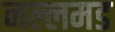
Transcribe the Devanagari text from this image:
नल्लमड